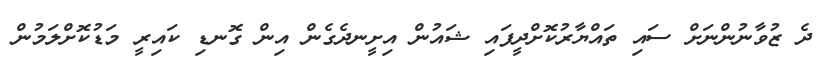
ދެ ޒުވާނުންނަށް ސައި ތައްޔާރުކޮށްދީފައި ޝައުން އިށީނދެގެން އިން ގޮނޑި ކައިރީ މަޑުކޮށްލަމުން